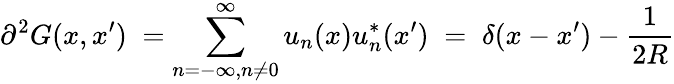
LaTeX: {\partial}^{2}G(x,x^{\prime})\; =\sum_{n=-\infty,n\neq 0}^{\infty}u_{n}(x)u_{n}^{*}(x^{\prime})\; =\; \delta(x-x^{\prime})-\frac{1}{2R}